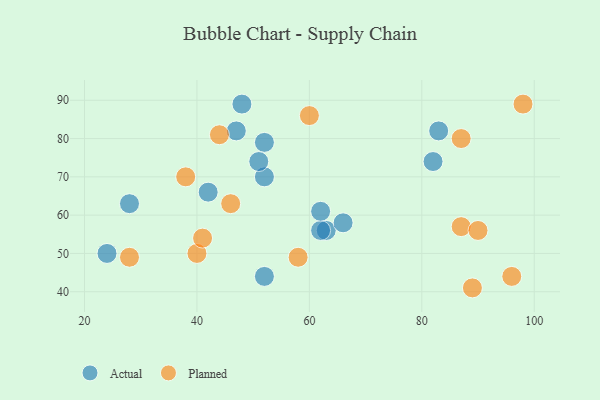
{"axis": {"x": "GDP", "y": "Life Expectancy"}, "legend": ["Actual", "Planned"], "data": [{"x": "52", "y": 79, "type": "Actual"}, {"x": "47", "y": 82, "type": "Actual"}, {"x": "48", "y": 89, "type": "Actual"}, {"x": "83", "y": 82, "type": "Actual"}, {"x": "63", "y": 56, "type": "Actual"}, {"x": "52", "y": 44, "type": "Actual"}, {"x": "66", "y": 58, "type": "Actual"}, {"x": "62", "y": 56, "type": "Actual"}, {"x": "52", "y": 70, "type": "Actual"}, {"x": "28", "y": 63, "type": "Actual"}, {"x": "24", "y": 50, "type": "Actual"}, {"x": "42", "y": 66, "type": "Actual"}, {"x": "51", "y": 74, "type": "Actual"}, {"x": "62", "y": 61, "type": "Actual"}, {"x": "82", "y": 74, "type": "Actual"}, {"x": "58", "y": 49, "type": "Planned"}, {"x": "96", "y": 44, "type": "Planned"}, {"x": "87", "y": 80, "type": "Planned"}, {"x": "87", "y": 57, "type": "Planned"}, {"x": "98", "y": 89, "type": "Planned"}, {"x": "38", "y": 70, "type": "Planned"}, {"x": "40", "y": 50, "type": "Planned"}, {"x": "89", "y": 41, "type": "Planned"}, {"x": "44", "y": 81, "type": "Planned"}, {"x": "46", "y": 63, "type": "Planned"}, {"x": "60", "y": 86, "type": "Planned"}, {"x": "90", "y": 56, "type": "Planned"}, {"x": "28", "y": 49, "type": "Planned"}, {"x": "41", "y": 54, "type": "Planned"}]}